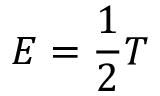
E = { \frac { 1 } { 2 } } T